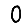
Digit: 0